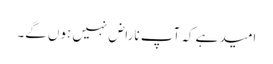
امید ہے کہ آپ ناراض نہیں ہوں گے۔